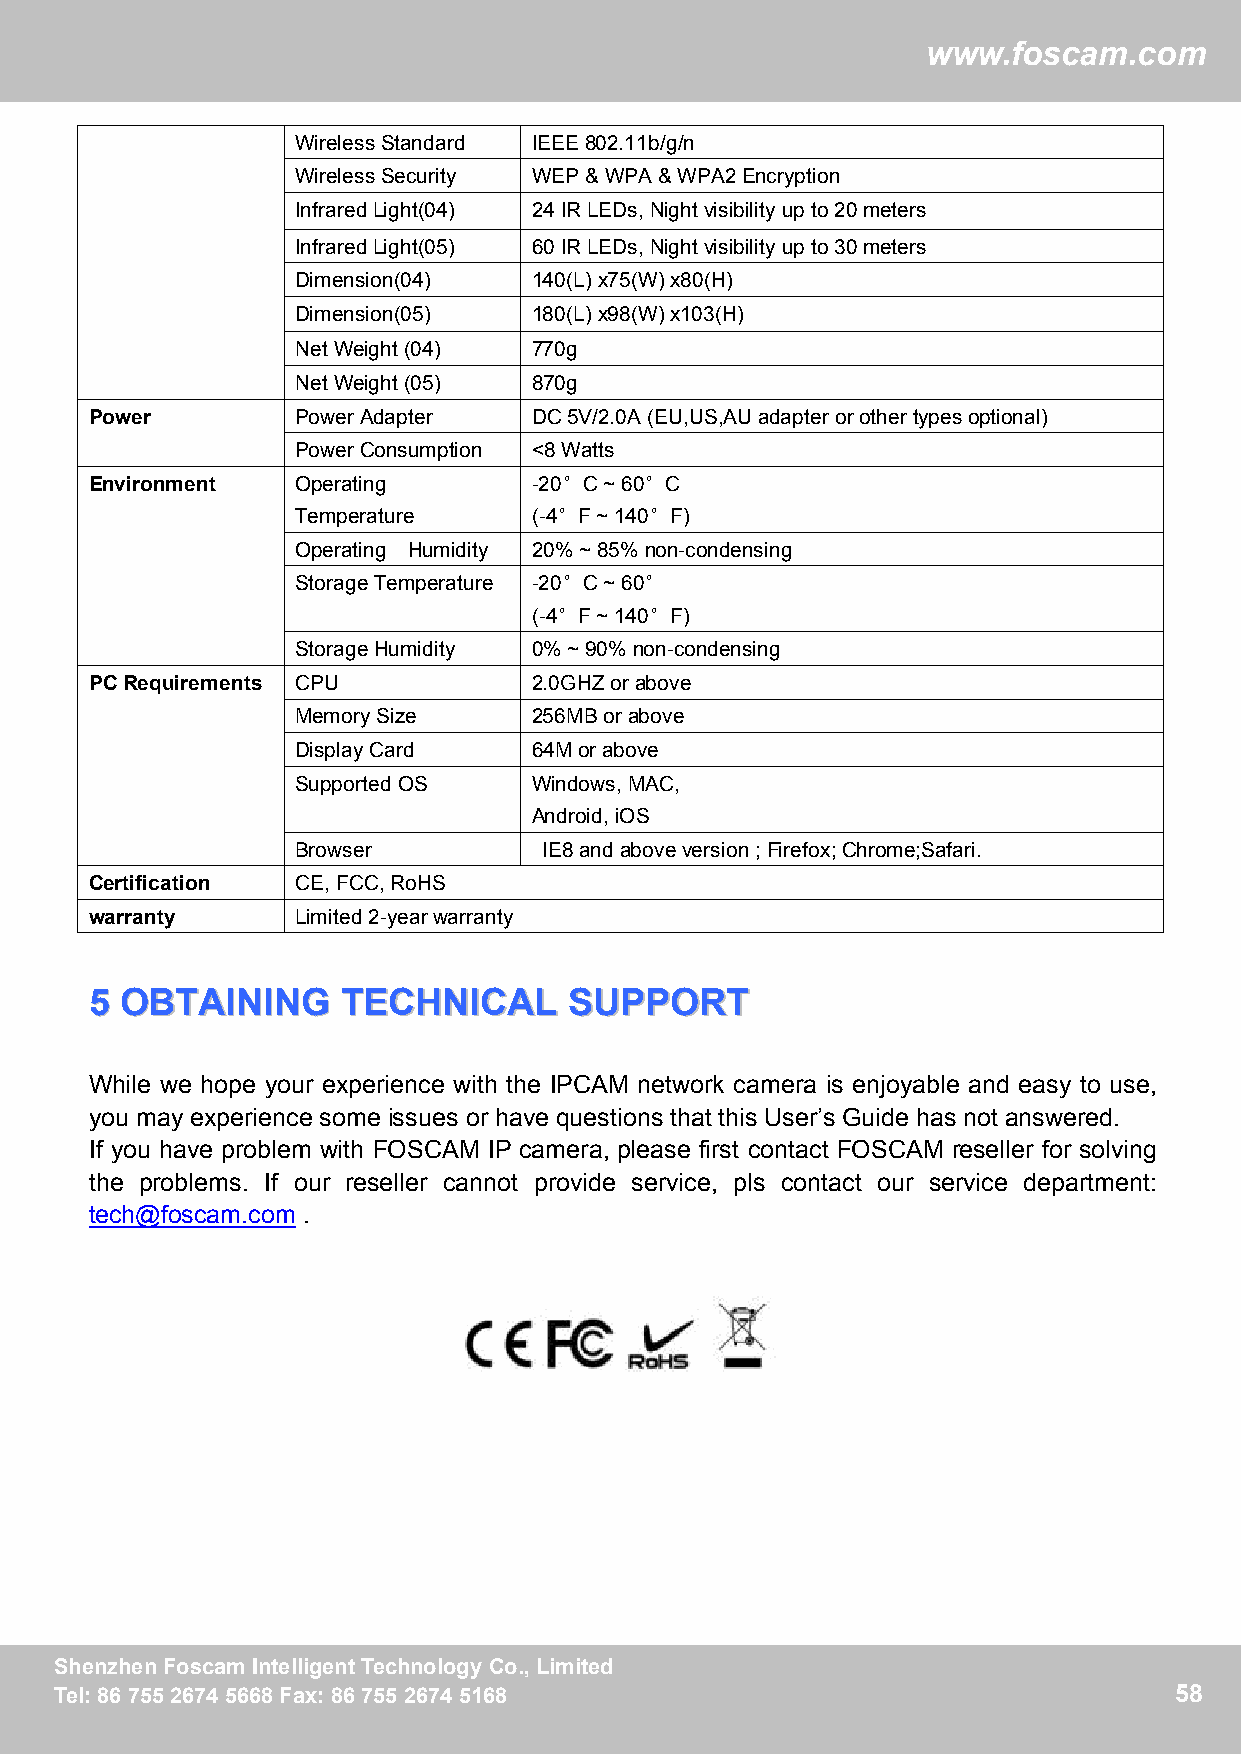
ww
 wwwwww..ffoossccaamm..ccoomm
 WirelessStandard IEEE802.11b/g/n
 WirelessSecurity WEP&WPA&WPA2Encryption
 InfraredLight(04) 24IRLEDs,Nightvisibilityupto20meters
 InfraredLight(05) 60IRLEDs,Nightvisibilityupto30meters
 Dimension(04)  140(L)x75(W)x80(H)
 Dimension(05)  180(L)x98(W)x103(H)
 NetWeight(04)  770g
 NetWeight(05)  870g
 Power         PowerAdapter   DC5V/2.0A(EU,US,AUadapterorothertypesoptional)
 PowerConsumption <8Watts
 Environment   Operating      -20°C~60°C
 Temperature    (-4°F~140°F)
 Operating Humidity 20%~85%non-condensing
 StorageTemperature -20°C~60°
 (-4°F~140°F)
 StorageHumidity 0%~90%non-condensing
 PCRequirements CPU           2.0GHZorabove
 MemorySize     256MBorabove
 DisplayCard    64Morabove
 SupportedOS    Windows,MAC,
 Android,iOS
 Browser         IE8andaboveversion;Firefox;Chrome;Safari.
 Certification CE,FCC,RoHS
 warranty      Limited2-yearwarranty
 55 OOBBTTAAIINNIINNGG TTEECCHHNNIICCAALL SSUUPPPPOORRTT
 While we hope your experience with the IPCAM network camera is enjoyable and easy to use,
 you may experience some issues or have questions that this User’s Guide has not answered.
 If you have problem with FOSCAM IP camera, please first contact FOSCAM reseller for solving
 the problems. If our reseller cannot provide service, pls contact our service department:
 tech@foscam.com .
 SShheennzzhheennFFoossccaammIInntteelllliiggeennttTTeecchhnnoollooggyyCCoo..,,LLiimmiitteedd 58
 TTeell::88667755552266774455666688FFaaxx::88667755552266774455116688      58